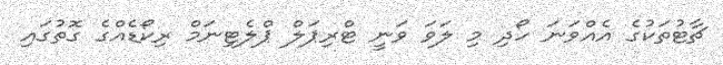
ޗާޓުތަކުގެ އެއްވަނަ ހޯދި މި ލަވަ ވަނީ ޓްރިޕަލް ޕްލެޓިނަމް ރިކޯޑެއްގެ ގޮތުގައި